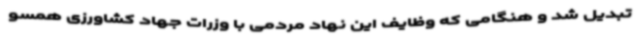
تبدیل شد و هنگامی که وظایف این نهاد مردمی با وزرات جهاد کشاورزی همسو